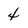
Character: 4